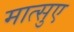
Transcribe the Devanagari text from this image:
मात्सुए